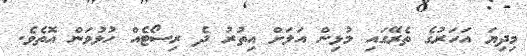
މިދިޔަ އަހަރުގެ ތެރޭގައި މުޅިން އަލަށް އިތުރު ދެ ރިސޯޓެއް ހުޅުވަން އޮތެވެ.